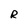
Character: R